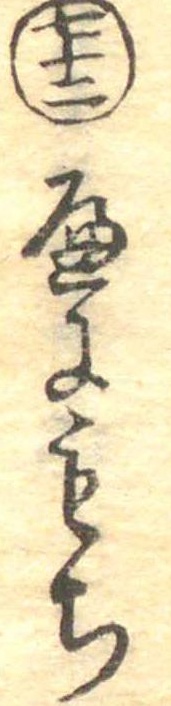
七十二へにもち